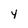
Character: Y